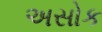
અસોક